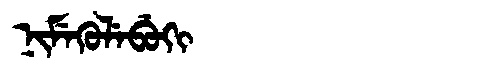
Manchu: ᠨᡳᠮᡝᡴᡠᠯᡝᠪᡠᡴᡳ
Romanization: NIMEKULEBUKI